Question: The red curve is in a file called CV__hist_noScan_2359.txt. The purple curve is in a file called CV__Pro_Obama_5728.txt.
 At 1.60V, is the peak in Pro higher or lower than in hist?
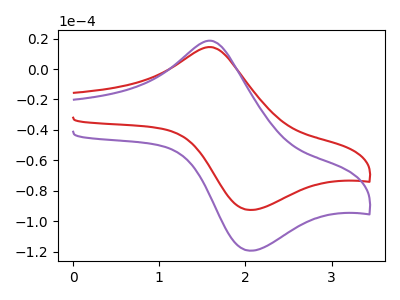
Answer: <think>The red curve "hist" has an anodic peak at (1.60V, 14.40uA) and a cathodic peak at (2.05V, -92.60uA). The purple curve "Pro" has an anodic peak at (1.60V, 18.60uA) and a cathodic peak at (2.05V, -119.35uA).</think>
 <answer>The peak at 1.60V is higher in "Pro" than in "hist".</answer>
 <eval>higher</eval>